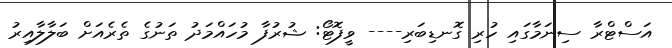
އަސްޓްރާ ސިނަމާގައި ހުރި ގޮނޑިބަރި---- ވީފޮޓޯ: ޝުރުފާ މުހައްމަދު ތަނުގެ ތެރެއަށް ބަލާލާއިރު